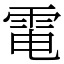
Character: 電